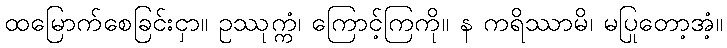
ထမြောက်စေခြင်းငှာ။ ဥဿုက္ကံ၊ ကြောင့်ကြကို။ န ကရိဿာမိ၊ မပြုတော့အံ့။